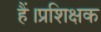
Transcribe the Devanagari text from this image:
हैं।प्रशिक्षक